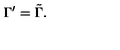
\Gamma ^ { \prime } = \tilde { \Gamma } .